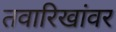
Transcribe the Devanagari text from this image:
तवारिखांवर